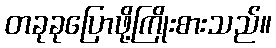
တခုခုပြောဖို့ကြိုးစားသည်။